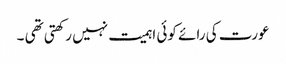
عورت کی رائے کوئی اہمیت نہیں رکھتی تھی ۔